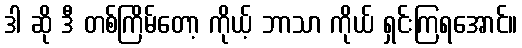
ဒါ ဆို ဒီ တစ်ကြိမ်တော့ ကိုယ့် ဘာသာ ကိုယ် ရှင်းကြရအောင်။